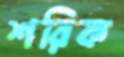
শরিক